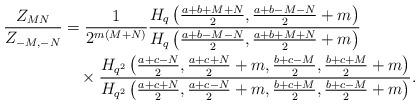
LaTeX: \begin{align*}\frac{Z_{MN}}{Z_{-M,-N}}&=\frac 1{2^{m(M+N)}}\frac{H_q\left(\frac{a+b+M+N}2,\frac{a+b-M-N}2+m\right)}{H_q\left(\frac{a+b-M-N}2,\frac{a+b+M+N}2+m\right)}\\&\quad\times\frac{H_{q^2}\left(\frac{a+c-N}2,\frac{a+c+N}2+m,\frac{b+c-M}2,\frac{b+c+M}2+m\right)}{H_{q^2}\left(\frac{a+c+N}2,\frac{a+c-N}2+m,\frac{b+c+M}2,\frac{b+c-M}2+m\right)}. \end{align*}